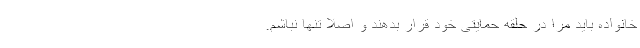
خانواده باید مرا در حلقه حمایتی خود قرار بدهند و اصلا تنها نباشم.